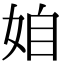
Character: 𡜍